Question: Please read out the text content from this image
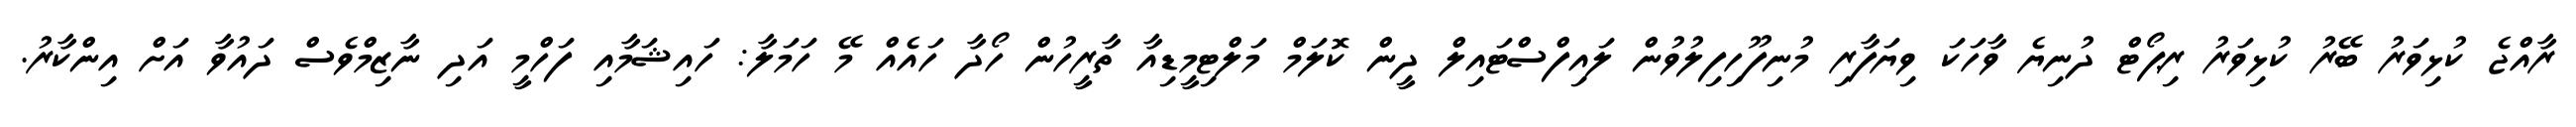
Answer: ރާއްޖެ ކުޅިވަރު ބޭރު ކުޅިވަރު ރިޕޯޓް ދުނިޔެ ވާހަކަ ވިޔަފާރި މުނިފޫހިފިލުވުން ލައިފްސްޓައިލް ދީން ކޮލަމް މަލްޓިމީޑިއާ ތާރީހުން ހޯދާ ހައެއް މޭ ހަމަލާ: ހައިޝަމާއި ފަހްމީ އަދި ނާޒިމްވެސް ދައުވާ އަށް އިންކާރު.